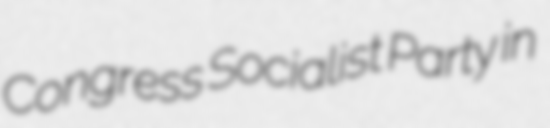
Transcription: Congress Socialist Party in